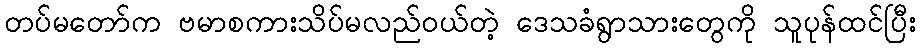
တပ်မတော်က ဗမာစကားသိပ်မလည်ဝယ်တဲ့ ဒေသခံရွာသားတွေကို သူပုန်ထင်ပြီး